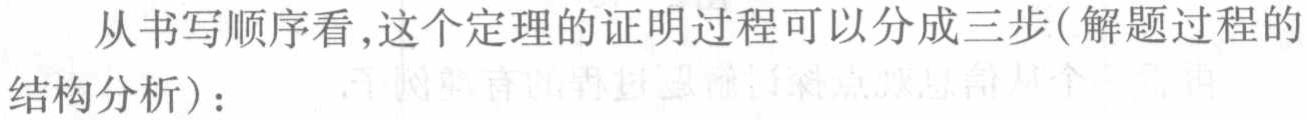
从书写顺序看,这个定理的证明过程可以分成三步(解题过程的结构分析)：